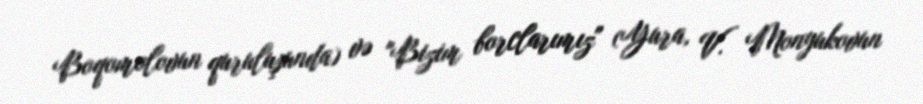
Boqomolovun quruluşunda) və "Bizim borclarımız" (Yura, V. Monyukovun